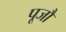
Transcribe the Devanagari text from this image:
पूजौं